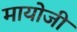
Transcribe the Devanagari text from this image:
मायोजी